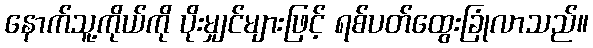
နောက်သူ့ကိုယ်ကို ပိုးမျှင်များဖြင့် ရစ်ပတ်ထွေးခြုံလာသည်။